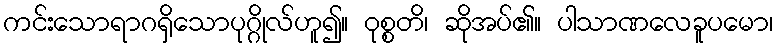
ကင်းသောရာဂရှိသောပုဂ္ဂိုလ်ဟူ၍။ ဝုစ္စတိ၊ ဆိုအပ်၏။ ပါသာဏလေခူပမော၊